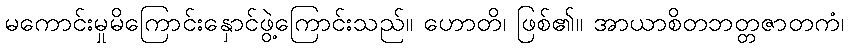
မကောင်းမှုမိကြောင်းနှောင်ဖွဲ့ကြောင်းသည်။ ဟောတိ၊ ဖြစ်၏။ အာယာစိတဘတ္တဇာတကံ၊